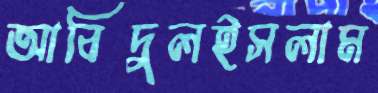
আবিদুলইসলাম